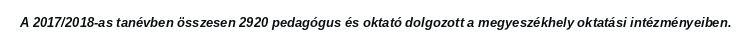
A 2017/2018-as tanévben összesen 2920 pedagógus és oktató dolgozott a megyeszékhely oktatási intézményeiben.